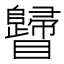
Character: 𥍁